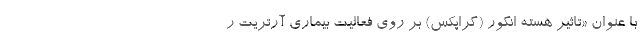
با عنوان «تاثیر هسته انگور (گراپکس) بر روی فعالیت بیماری آرتریت ر